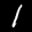
Label: 1